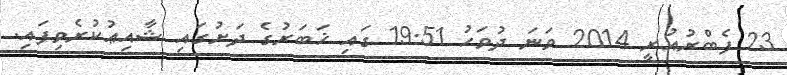
23 ފެބްރުއުރީ 2014 ވަނަ ދުވަހު 19:51 ގައި ޚަބަރުގެ ދަށުގައި ޝާއިޢުކުރެވިފައި.